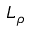
L _ { \rho }